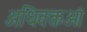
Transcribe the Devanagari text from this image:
अधिवक्तओं